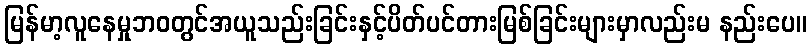
မြန်မာ့လူနေမှုဘဝတွင်အယူသည်းခြင်းနှင့်ပိတ်ပင်တားမြစ်ခြင်းများမှာလည်းမ နည်းပေ။